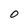
Character: O